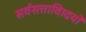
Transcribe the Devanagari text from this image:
सर्वसत्तावािदयों